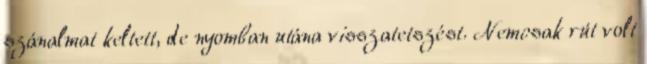
szánalmat keltett, de nyomban utána visszatetszést. Nemcsak rút volt